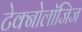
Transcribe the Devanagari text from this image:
टेक्नोलॉजिज